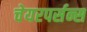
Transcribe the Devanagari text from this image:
चेयरपर्सन्स